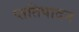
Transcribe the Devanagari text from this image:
प्ततिपादन